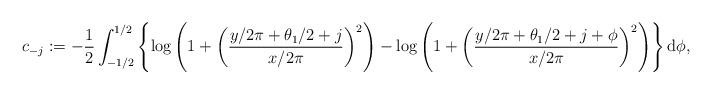
LaTeX: \begin{align*}c_{-j} := - \frac{1}{2} \int_{-1/2}^{1/2} \left\{ \log\left( 1 + \left( \frac{ y/2\pi + \theta_1/2 + j }{ x/2 \pi } \right)^2 \right) - \log\left( 1 + \left(\frac{ y/2\pi + \theta_1/2 + j + \phi }{ x/ 2 \pi } \right)^2 \right) \right\} \mathrm{d} \phi,\end{align*}